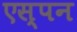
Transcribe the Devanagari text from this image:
एस्पन